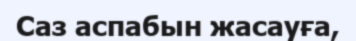
Саз аспабын жасауға,